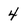
Character: 4